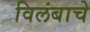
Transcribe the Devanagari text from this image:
विलंबाचे